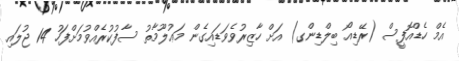
އެމް ހެޑްއޮފީސް (ރޭޑިއޯ ބިލްޑިންގ) އަށް ހާޒިރުވެވަޑައިގެން މަޢުލޫމާތު ސާފުކުރެއްވުމަށްފަހު 14 ޖުލައި